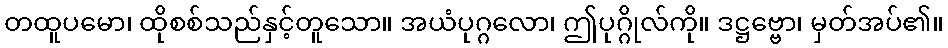
တထူပမော၊ ထိုစစ်သည်နှင့်တူသော။ အယံပုဂ္ဂလော၊ ဤပုဂ္ဂိုလ်ကို။ ဒဋ္ဌဗ္ဗော၊ မှတ်အပ်၏။